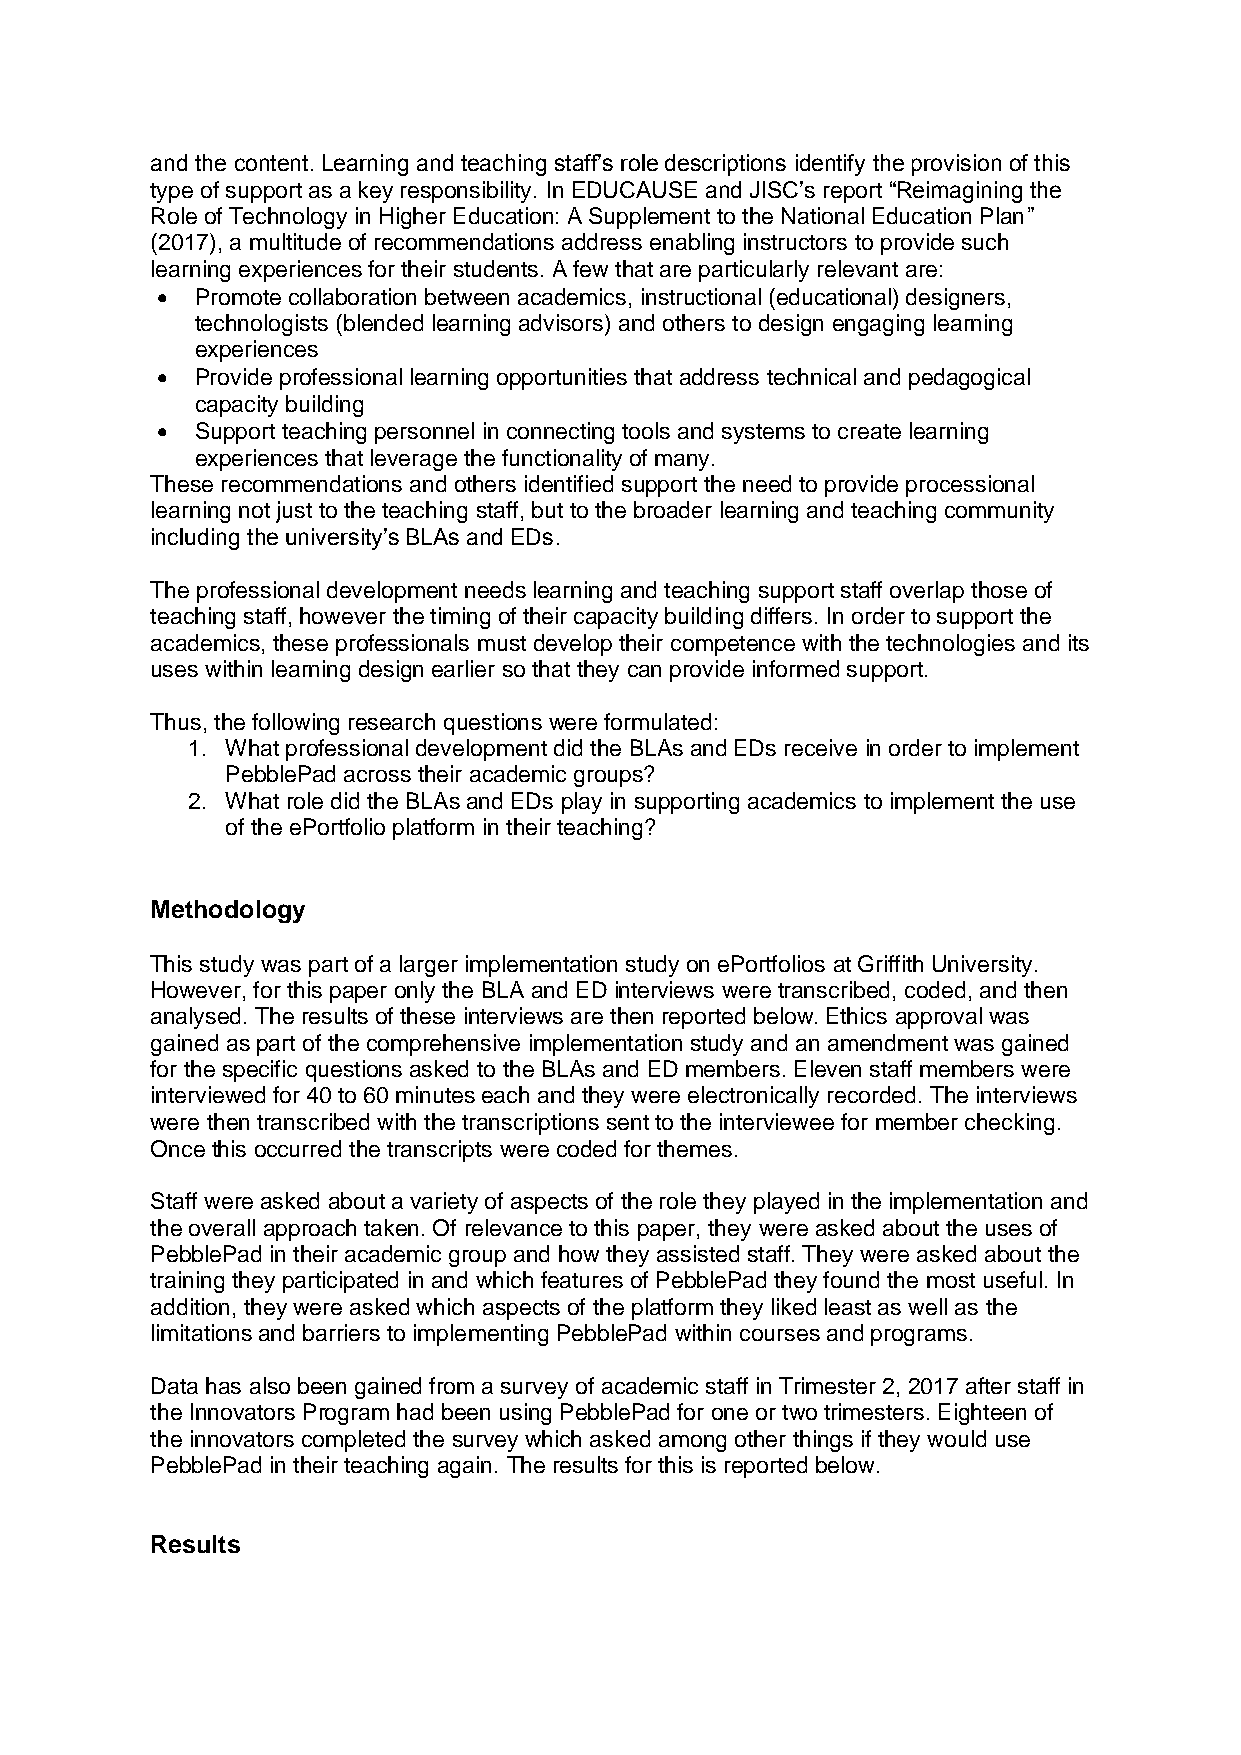
and the content. Learning and teaching staff’s role descriptions identify the provision of this
 type of support as a key responsibility. In EDUCAUSE and JISC’s report “Reimagining the
 Role of Technology in Higher Education: A Supplement to the National Education Plan”
 (2017), a multitude of recommendations address enabling instructors to provide such
 learning experiences for their students. A few that are particularly relevant are:
   Promote collaboration between academics, instructional (educational) designers,
 technologists (blended learning advisors) and others to design engaging learning
 experiences
   Provide professional learning opportunities that address technical and pedagogical
 capacity building
   Support teaching personnel in connecting tools and systems to create learning
 experiences that leverage the functionality of many.
 These recommendations and others identified support the need to provide processional
 learning not just to the teaching staff, but to the broader learning and teaching community
 including the university’s BLAs and EDs.
 The professional development needs learning and teaching support staff overlap those of
 teaching staff, however the timing of their capacity building differs. In order to support the
 academics, these professionals must develop their competence with the technologies and its
 uses within learning design earlier so that they can provide informed support.
 Thus, the following research questions were formulated:
 1. What professional development did the BLAs and EDs receive in order to implement
 PebblePad across their academic groups?
 2. What role did the BLAs and EDs play in supporting academics to implement the use
 of the ePortfolio platform in their teaching?
 Methodology
 This study was part of a larger implementation study on ePortfolios at Griffith University.
 However, for this paper only the BLA and ED interviews were transcribed, coded, and then
 analysed. The results of these interviews are then reported below. Ethics approval was
 gained as part of the comprehensive implementation study and an amendment was gained
 for the specific questions asked to the BLAs and ED members. Eleven staff members were
 interviewed for 40 to 60 minutes each and they were electronically recorded. The interviews
 were then transcribed with the transcriptions sent to the interviewee for member checking.
 Once this occurred the transcripts were coded for themes.
 Staff were asked about a variety of aspects of the role they played in the implementation and
 the overall approach taken. Of relevance to this paper, they were asked about the uses of
 PebblePad in their academic group and how they assisted staff. They were asked about the
 training they participated in and which features of PebblePad they found the most useful. In
 addition, they were asked which aspects of the platform they liked least as well as the
 limitations and barriers to implementing PebblePad within courses and programs.
 Data has also been gained from a survey of academic staff in Trimester 2, 2017 after staff in
 the Innovators Program had been using PebblePad for one or two trimesters. Eighteen of
 the innovators completed the survey which asked among other things if they would use
 PebblePad in their teaching again. The results for this is reported below.
 Results